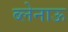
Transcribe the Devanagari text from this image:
ब्लेनाऊ